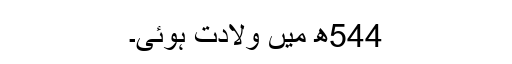
544ھ میں ولادت ہوئی۔